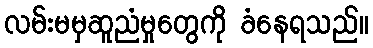
လမ်းမမှဆူညံမှုတွေကို ခံနေရသည်။